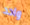
واحد